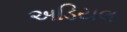
અડિયલ